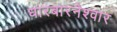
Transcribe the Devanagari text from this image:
धारबारनेश्‍वार